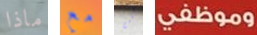
ماذا مع كليم وموظفي